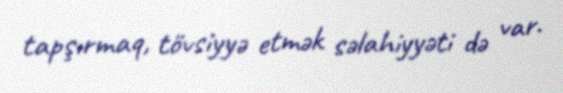
tapşırmaq, tövsiyyə etmək səlahiyyəti də var.